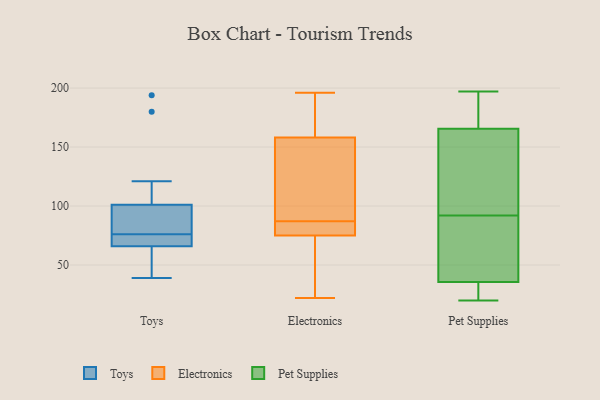
{"axis": {"x": "Shipments", "y": "Value"}, "legend": ["Electronics", "Pet Supplies", "Toys"], "data": [{"x": "", "y": 72, "type": "Toys"}, {"x": "", "y": 66, "type": "Toys"}, {"x": "", "y": 63, "type": "Toys"}, {"x": "", "y": 76, "type": "Toys"}, {"x": "", "y": 76, "type": "Toys"}, {"x": "", "y": 76, "type": "Toys"}, {"x": "", "y": 194, "type": "Toys"}, {"x": "", "y": 39, "type": "Toys"}, {"x": "", "y": 91, "type": "Toys"}, {"x": "", "y": 121, "type": "Toys"}, {"x": "", "y": 75, "type": "Toys"}, {"x": "", "y": 180, "type": "Toys"}, {"x": "", "y": 101, "type": "Toys"}, {"x": "", "y": 41, "type": "Toys"}, {"x": "", "y": 83, "type": "Electronics"}, {"x": "", "y": 78, "type": "Electronics"}, {"x": "", "y": 32, "type": "Electronics"}, {"x": "", "y": 91, "type": "Electronics"}, {"x": "", "y": 158, "type": "Electronics"}, {"x": "", "y": 75, "type": "Electronics"}, {"x": "", "y": 22, "type": "Electronics"}, {"x": "", "y": 196, "type": "Electronics"}, {"x": "", "y": 170, "type": "Electronics"}, {"x": "", "y": 148, "type": "Electronics"}, {"x": "", "y": 20, "type": "Pet Supplies"}, {"x": "", "y": 197, "type": "Pet Supplies"}, {"x": "", "y": 29, "type": "Pet Supplies"}, {"x": "", "y": 179, "type": "Pet Supplies"}, {"x": "", "y": 119, "type": "Pet Supplies"}, {"x": "", "y": 115, "type": "Pet Supplies"}, {"x": "", "y": 81, "type": "Pet Supplies"}, {"x": "", "y": 152, "type": "Pet Supplies"}, {"x": "", "y": 32, "type": "Pet Supplies"}, {"x": "", "y": 103, "type": "Pet Supplies"}, {"x": "", "y": 185, "type": "Pet Supplies"}, {"x": "", "y": 104, "type": "Pet Supplies"}, {"x": "", "y": 39, "type": "Pet Supplies"}, {"x": "", "y": 180, "type": "Pet Supplies"}, {"x": "", "y": 60, "type": "Pet Supplies"}, {"x": "", "y": 30, "type": "Pet Supplies"}, {"x": "", "y": 29, "type": "Pet Supplies"}, {"x": "", "y": 49, "type": "Pet Supplies"}, {"x": "", "y": 197, "type": "Pet Supplies"}, {"x": "", "y": 42, "type": "Pet Supplies"}]}